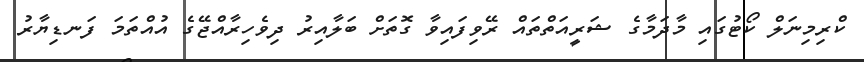
ކްރިމިނަލް ކޯޓުގައި މާދަމާގެ ޝަރީއަތްތައް ރޭވިފައިވާ ގޮތަށް ބަލާއިރު ދިވެހިރާއްޖޭގެ އުއްތަމަ ފަނޑިޔާރު